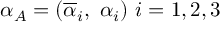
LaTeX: \alpha _ { A } = ( \overline { { { \alpha } } } _ { i } , \ \alpha _ { i } ) \ i = 1 , 2 , 3